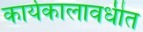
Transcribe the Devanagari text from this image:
कार्यकालावधीत